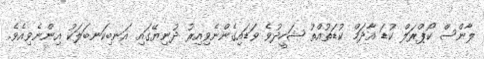
ލާންސް ކޯޕްރަލް ކުޑަ އާދަމް ކުޑަތުއްތު ޝަހީދުވެ ވަޑައިގެންނެވިއިރު ދުނިޔޭގައި އަނބިކަނބަލަކު އިންނެވިއެވެ.